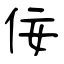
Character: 佞